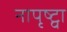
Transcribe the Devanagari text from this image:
नापृष्ट्वा